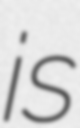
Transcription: is